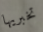
تخبريها